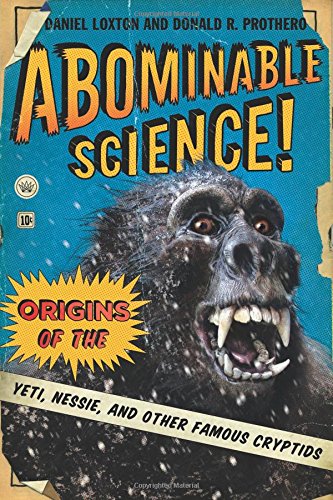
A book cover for Abominable Science!: Origins of the Yeti, Nessie, and Other Famous Cryptids; Daniel Loxton; Science & Math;